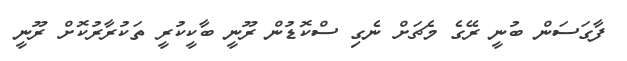
ފާގަސަން ބުނީ ރޭގެ މެޗަށް ނެގި ސްކޮޑުން ރޫނީ ބާކީކުރީ ތަކުރާރުކޮށް ރޫނީ